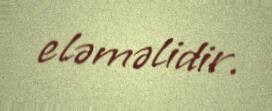
eləməlidir.